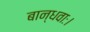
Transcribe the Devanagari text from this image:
बान्धवाः।